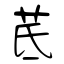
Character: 茋